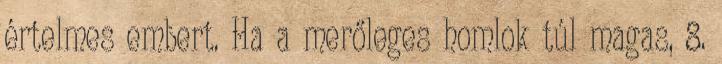
értelmes embert. Ha a merőleges homlok túl magas, 8.